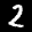
Label: 2